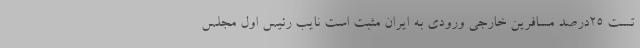
تست ٢۵درصد مسافرین خارجی ورودی به ایران مثبت است نایب رئیس اول مجلس